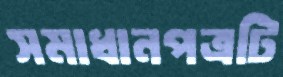
সমাধানপত্রটি